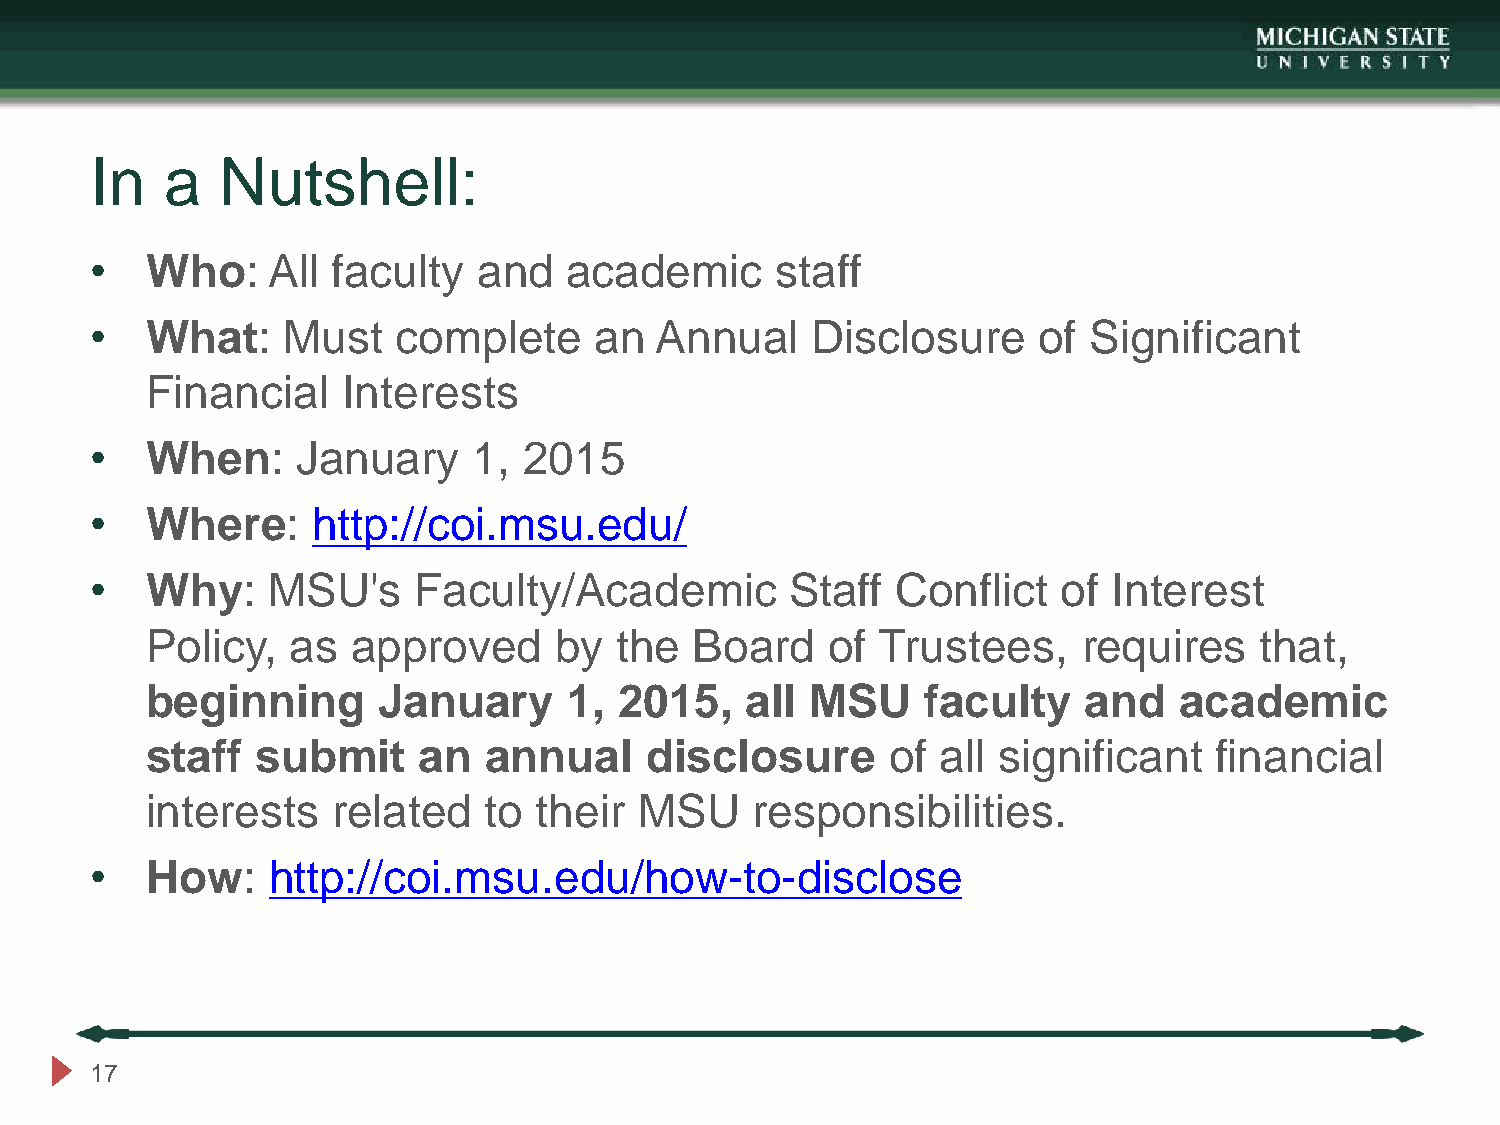
In   a   Nutshell:
 •   Who:    All faculty   and   academic     staff
 •   What:    Must   complete     an  Annual     Disclosure     of Significant
 Financial    Interests
 •   When:     January    1,  2015
 •   Where:     http://coi.msu.edu/
 •   Why:    MSU's    Faculty/Academic         Staff  Conflict   of  Interest
 Policy,  as  approved      by  the  Board    of Trustees,     requires   that,
 beginning      January      1, 2015,   all  MSU    faculty    and   academic
 staff  submit     an  annual     disclosure      of all significant   financial
 interests   related   to  their MSU     responsibilities.
 •   How:    http://coi.msu.edu/how-to-disclose
 17